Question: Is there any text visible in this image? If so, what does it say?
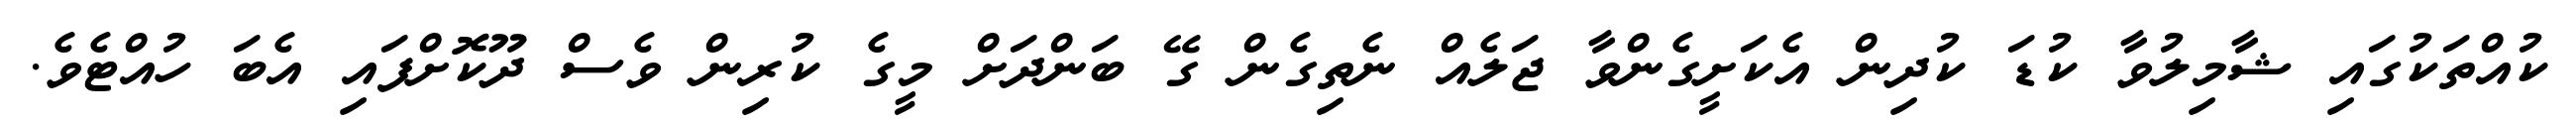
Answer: ކުއްތަކުގައި ޝާމިލުވާ ކުޑަ ކުދިން އެކަށީގެންވާ ޖަލެއް ނެތިގެން ގޭ ބަންދަށް މީގެ ކުރިން ވެސް ދޫކޮށްފައި އެބަ ހުއްޓެވެ.